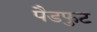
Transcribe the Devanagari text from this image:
पैडफुट